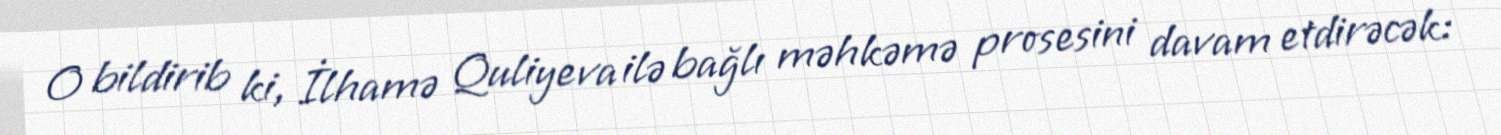
O bildirib ki, İlhamə Quliyeva ilə bağlı məhkəmə prosesini davam etdirəcək: